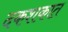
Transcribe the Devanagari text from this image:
दकशकात